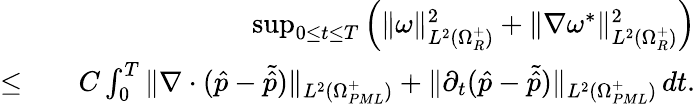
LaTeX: \begin{array}{rlr}&{}&{\operatorname*{sup}_{0\leq t\leq T}\Big(\| \omega\| _{L^{2}(\Omega_{R}^{+})}^{2}+\| \nabla\omega^{*}\| _{L^{2}(\Omega_{R}^{+})}^{2}\Big)}\\ {\leq}&{}&{C\int_{0}^{T}\| \nabla\cdot(\hat{p}-\tilde{\hat{p}})\| _{L^{2}(\Omega_{PML}^{+})}+\| \partial_{t}(\hat{p}-\tilde{\hat{p}})\| _{L^{2}(\Omega_{PML}^{+})}\, dt.}\end{array}